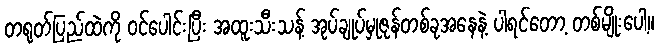
တရုတ်ပြည်ထဲကို ဝင်ပေါင်းပြီး အထူးသီးသန့် အုပ်ချုပ်မှုဇုန်တစ်ခုအနေနဲ့ ပါရင်တော့ တစ်မျိုးပေါ့။